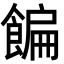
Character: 䭏